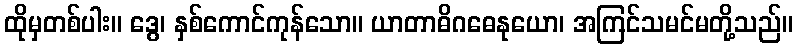
ထိုမှတစ်ပါး။ ဒွေ၊ နှစ်ကောင်ကုန်သော။ ယာတာဓိဂဓေနုယော၊ အကြင်သမင်မတို့သည်။